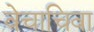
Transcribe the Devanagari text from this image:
वेचाचिवा